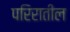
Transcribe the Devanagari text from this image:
परिरातील